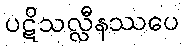
ပဋိသလ္လီနဿပေ